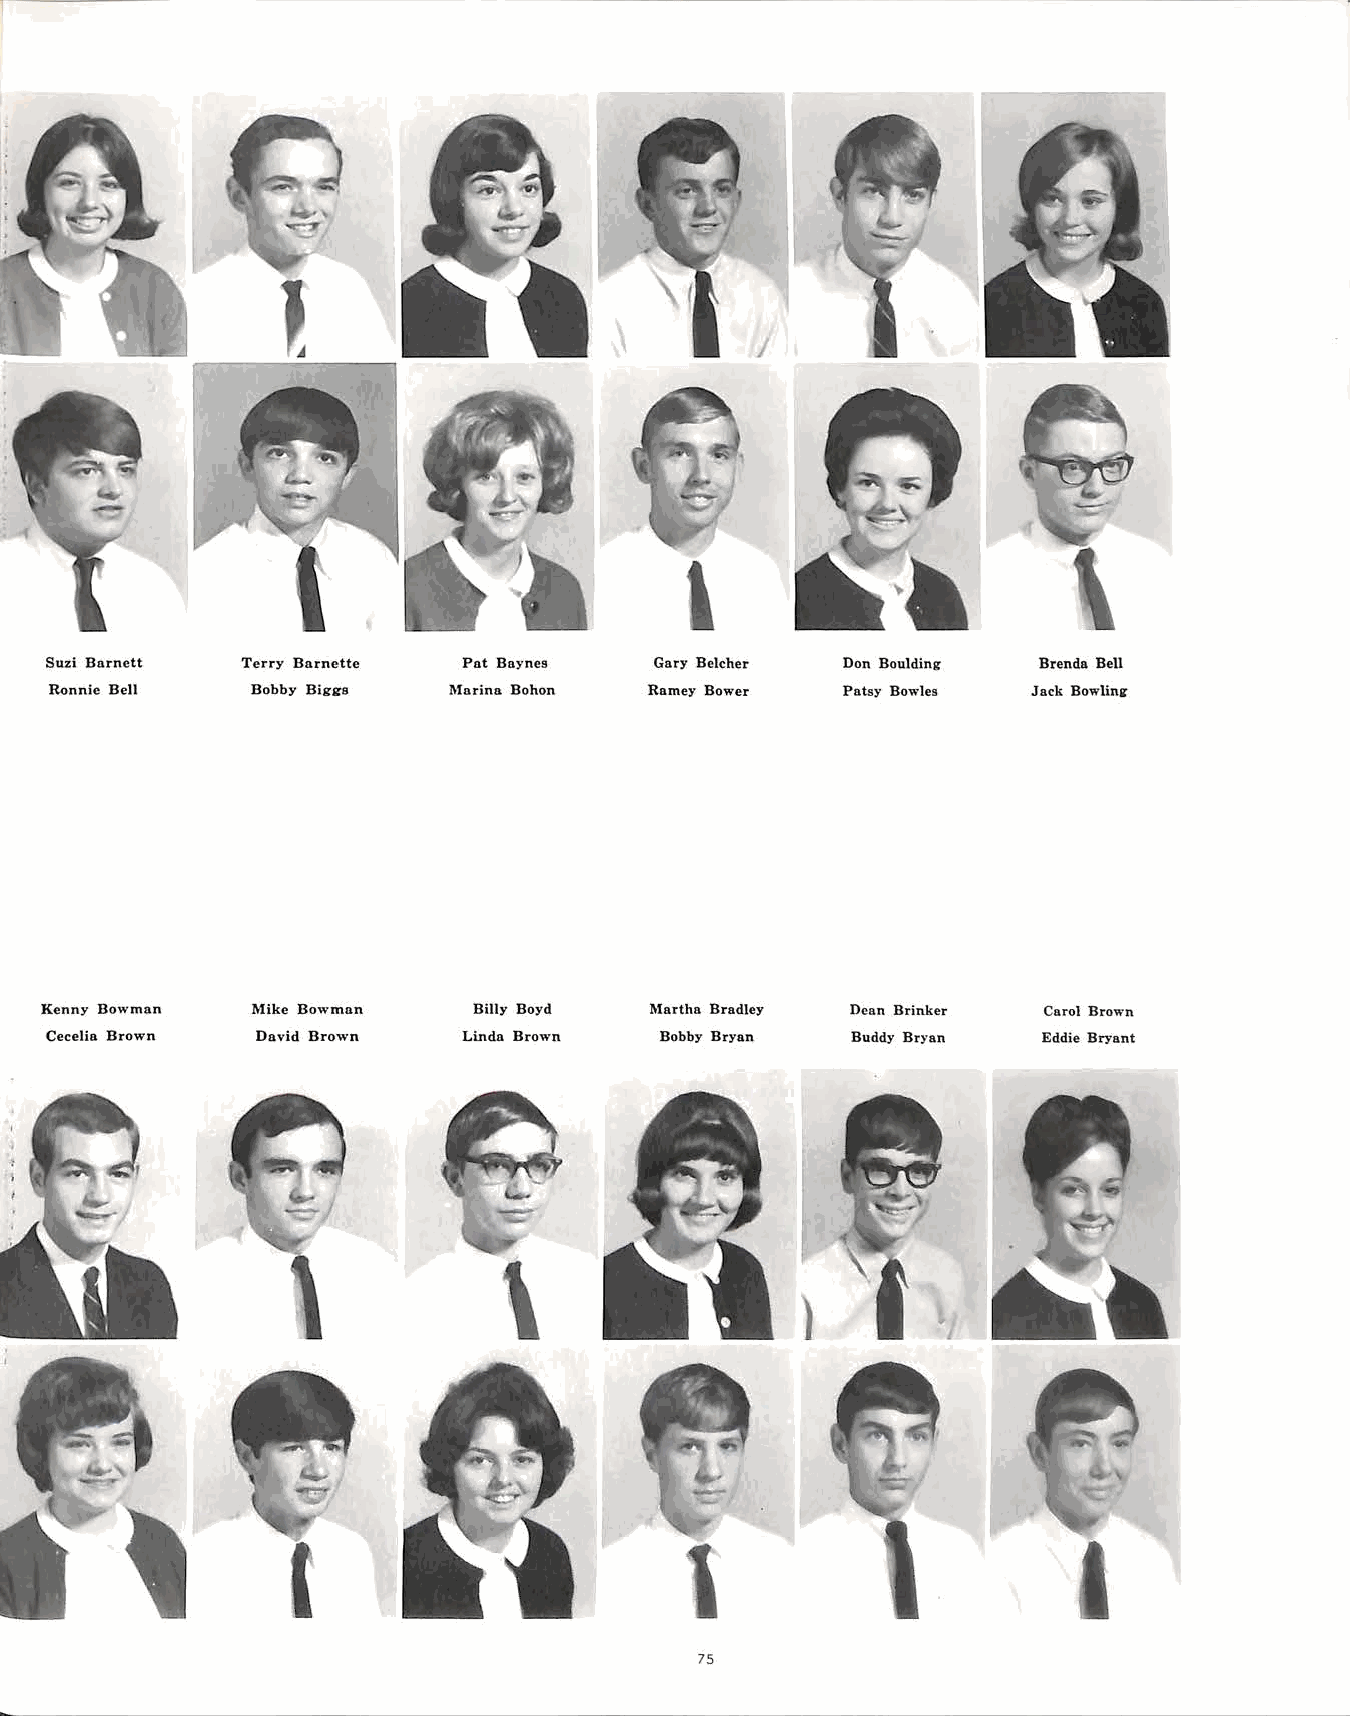
'
 Suzi Barnett Terry Barnette Pat Baynes  Gary Belcher Don Boulding Brenda Bell
 Ronnie Bell   Bobby Biggs  Marina Bohon Ramey Bower  Patsy Bowles Jack Bowlinir
 Kenny Bowman  Mike Bowman   Billy Boyd  l\Iartha Bradley Dean Brinker Carol Brown
 Cecelia Brown David Brown   Linda Brown  Bobby Bryan Buddy Bryan  Eddie Bryant
 \
 )
 75